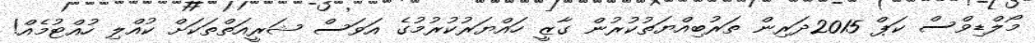
މޯލްޑިވްސް ކަޕް 2015ދަރިން ތަރުބިއްޔަތުކުރުން ގާޒީ ހައްޔަރުކުރުމުގެ އަވަސް ޝަރީއަތްތަކަށް ކުއްލި ހުއްޓުމެއް!